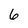
Character: 6